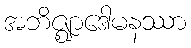
အဘိဇ္ဈာဒေါမနဿာ